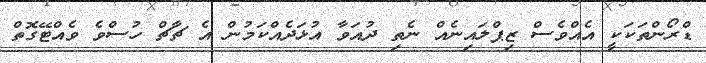
ޑްރޯންތަކަކީ އެއްވެސް ޒިޕްލައިނެއް ނެތި ދުއަވާ އުޅަދެއްކަމުން އެ ޗާޗް ހުސްވެ ވެއްޓޭގޮތް